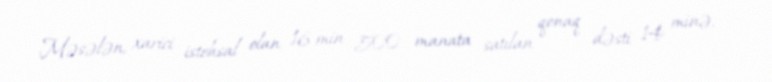
Məsələn, xarici istehsal olan 16 min 500 manata satılan qonaq dəsti 14 minə,